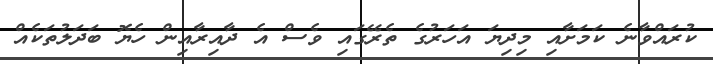
ކުރައްވާނެ ކަމަށާއި މިދިޔަ އަހަރުގެ ތެރޭގައި ވެސް އެ ދާއިރާއިން ހެޔޮ ބަދަލުތަކެއް